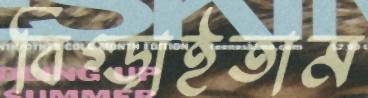
বিগ্‌ড়াইতাম